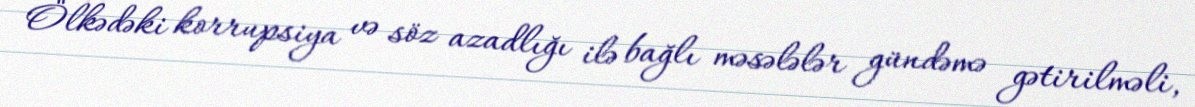
Ölkədəki korrupsiya və söz azadlığı ilə bağlı məsələlər gündəmə gətirilməli,